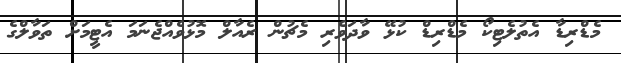
މެޑްރިޑާ އެތުލެޓިކޯ މެޑްރިޑް ކުޅޭ ވާދަވެރި މެޗުން ރެއާލް މޮޅުވެއްޖެނަމަ އެޓީމަށް ތަވާލްގެ